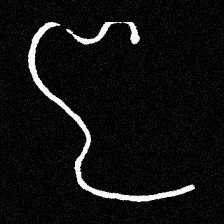
Pyu character \u2014 Myanmar letter: ဇ (romanized: ja)